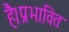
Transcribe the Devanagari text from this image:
है।प्रभावित